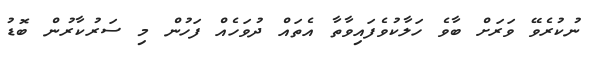
ނުކުރެވޭ ވަރަށް ބާވެ ހަލާކުވެފައިވާތާ އެތައް ދުވަހެއް ފަހުން މި ސަރުކާރުން ބޮޑު